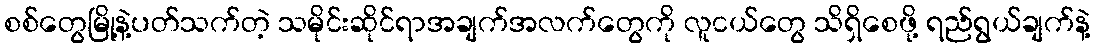
စစ်တွေမြို့နဲ့ပတ်သက်တဲ့ သမိုင်းဆိုင်ရာအချက်အလက်တွေကို လူငယ်တွေ သိရှိစေဖို့ ရည်ရွယ်ချက်နဲ့